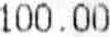
100.00